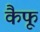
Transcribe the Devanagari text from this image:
कैफू